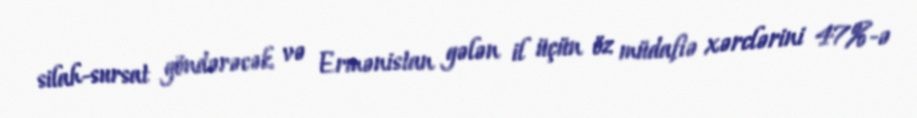
silah-sursat göndərəcək və Ermənistan gələn il üçün öz müdafiə xərclərini 47%-ə